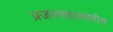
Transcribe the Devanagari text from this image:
प्रजननशास्त्रातील